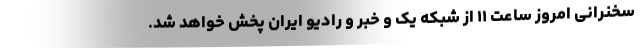
سخنرانی امروز ساعت ۱۱ از شبکه یک و خبر و رادیو ایران پخش خواهد شد.